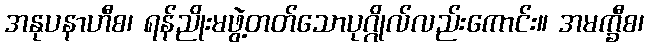
အနုပနာဟီစ၊ ရန်ညိုးမဖွဲ့တတ်သောပုဂ္ဂိုလ်လည်းကောင်း။ အမက္ခီစ၊